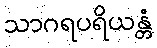
သာဂရပရိယန္တံ